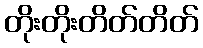
တိုးတိုးတိတ်တိတ်